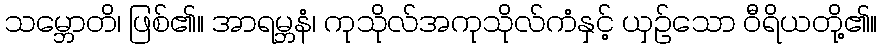
သမ္ဘောတိ၊ ဖြစ်၏။ အာရမ္ဘနံ၊ ကုသိုလ်အကုသိုလ်ကံနှင့် ယှဉ်သော ဝီရိယတို့၏။